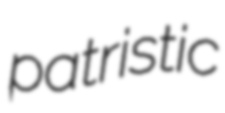
patristic